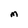
Character: M